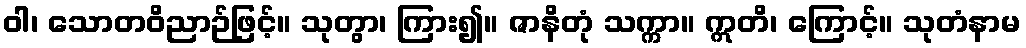
ဝါ၊ သောတဝိညာဉ်ဖြင့်။ သုတွာ၊ ကြား၍။ ဇာနိတုံ သက္ကာ။ ဣတိ၊ ကြောင့်။ သုတံနာမ